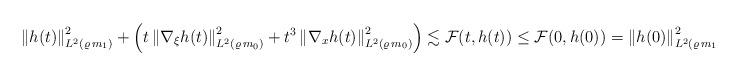
LaTeX: \begin{align*}\left\| h(t) \right\|^2_{L^2(\varrho\,m_1)}+ \left( t \left\| \nabla_\xi h(t) \right\|^2_{L^2(\varrho\,m_0)}+t^3\left\|\nabla_{x} h(t) \right\|^2_{L^2(\varrho\,m_0)}\right) \lesssim\mathcal{F}(t,h(t))\leq\mathcal{F}(0,h(0))=\left\| h(0) \right\|^2_{L^2(\varrho\,m_1)}.\end{align*}